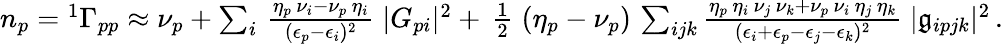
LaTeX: \begin{array}{r}{n_{p}={^{1}\Gamma}_{pp}\approx\nu_{p}+\sum_{i}\, \frac{\eta_{p}\, \nu_{i}-\nu_{p}\, \eta_{i}}{(\epsilon_{p}-\epsilon_{i})^{2}}\; |G_{pi}|^{2}+\, \frac{1}{2}\; (\eta_{p}-\nu_{p})\, \sum_{ijk}\frac{\eta_{p}\, \eta_{i}\, \nu_{j}\, \nu_{k}+\nu_{p}\, \nu_{i}\, \eta_{j}\, \eta_{k}}{(\epsilon_{i}+\epsilon_{p}-\epsilon_{j}-\epsilon_{k})^{2}}\; |\mathfrak{g}_{ipjk}|^{2}\, .}\end{array}